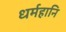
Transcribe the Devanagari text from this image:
धर्महानि